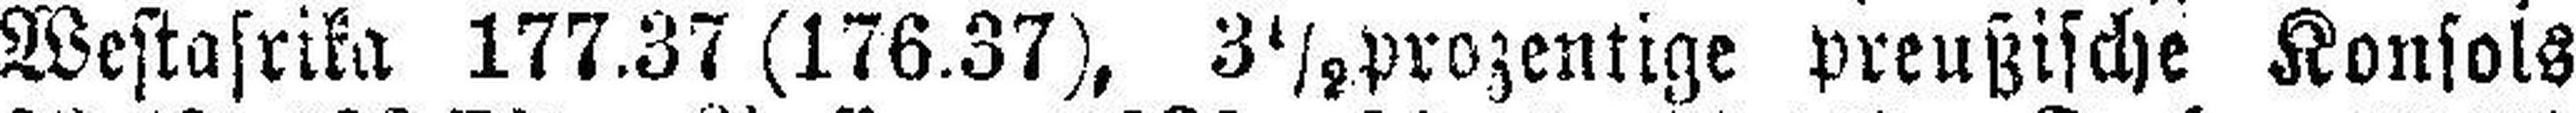
Westasrika 177.37 (176.37), 3½prozentige preußische Konsols